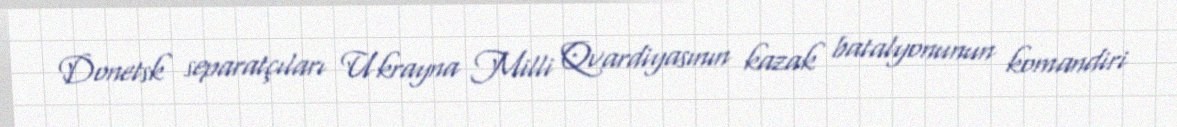
Donetsk separatçıları Ukrayna Milli Qvardiyasının kazak batalyonunun komandiri